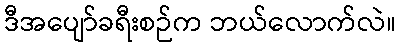
ဒီအပျော်ခရီးစဉ်က ဘယ်လောက်လဲ။